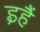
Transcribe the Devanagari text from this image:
इहैं